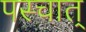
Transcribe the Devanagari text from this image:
पस्चात्